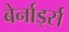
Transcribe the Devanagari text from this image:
बेर्नार्ड्स